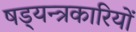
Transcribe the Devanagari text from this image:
षड्‍यन्त्रकारियों